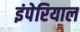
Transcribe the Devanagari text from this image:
इंपेरियाल